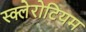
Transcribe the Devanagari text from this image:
स्क्लेरोटियम